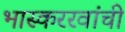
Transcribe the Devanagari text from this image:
भास्कररवांची